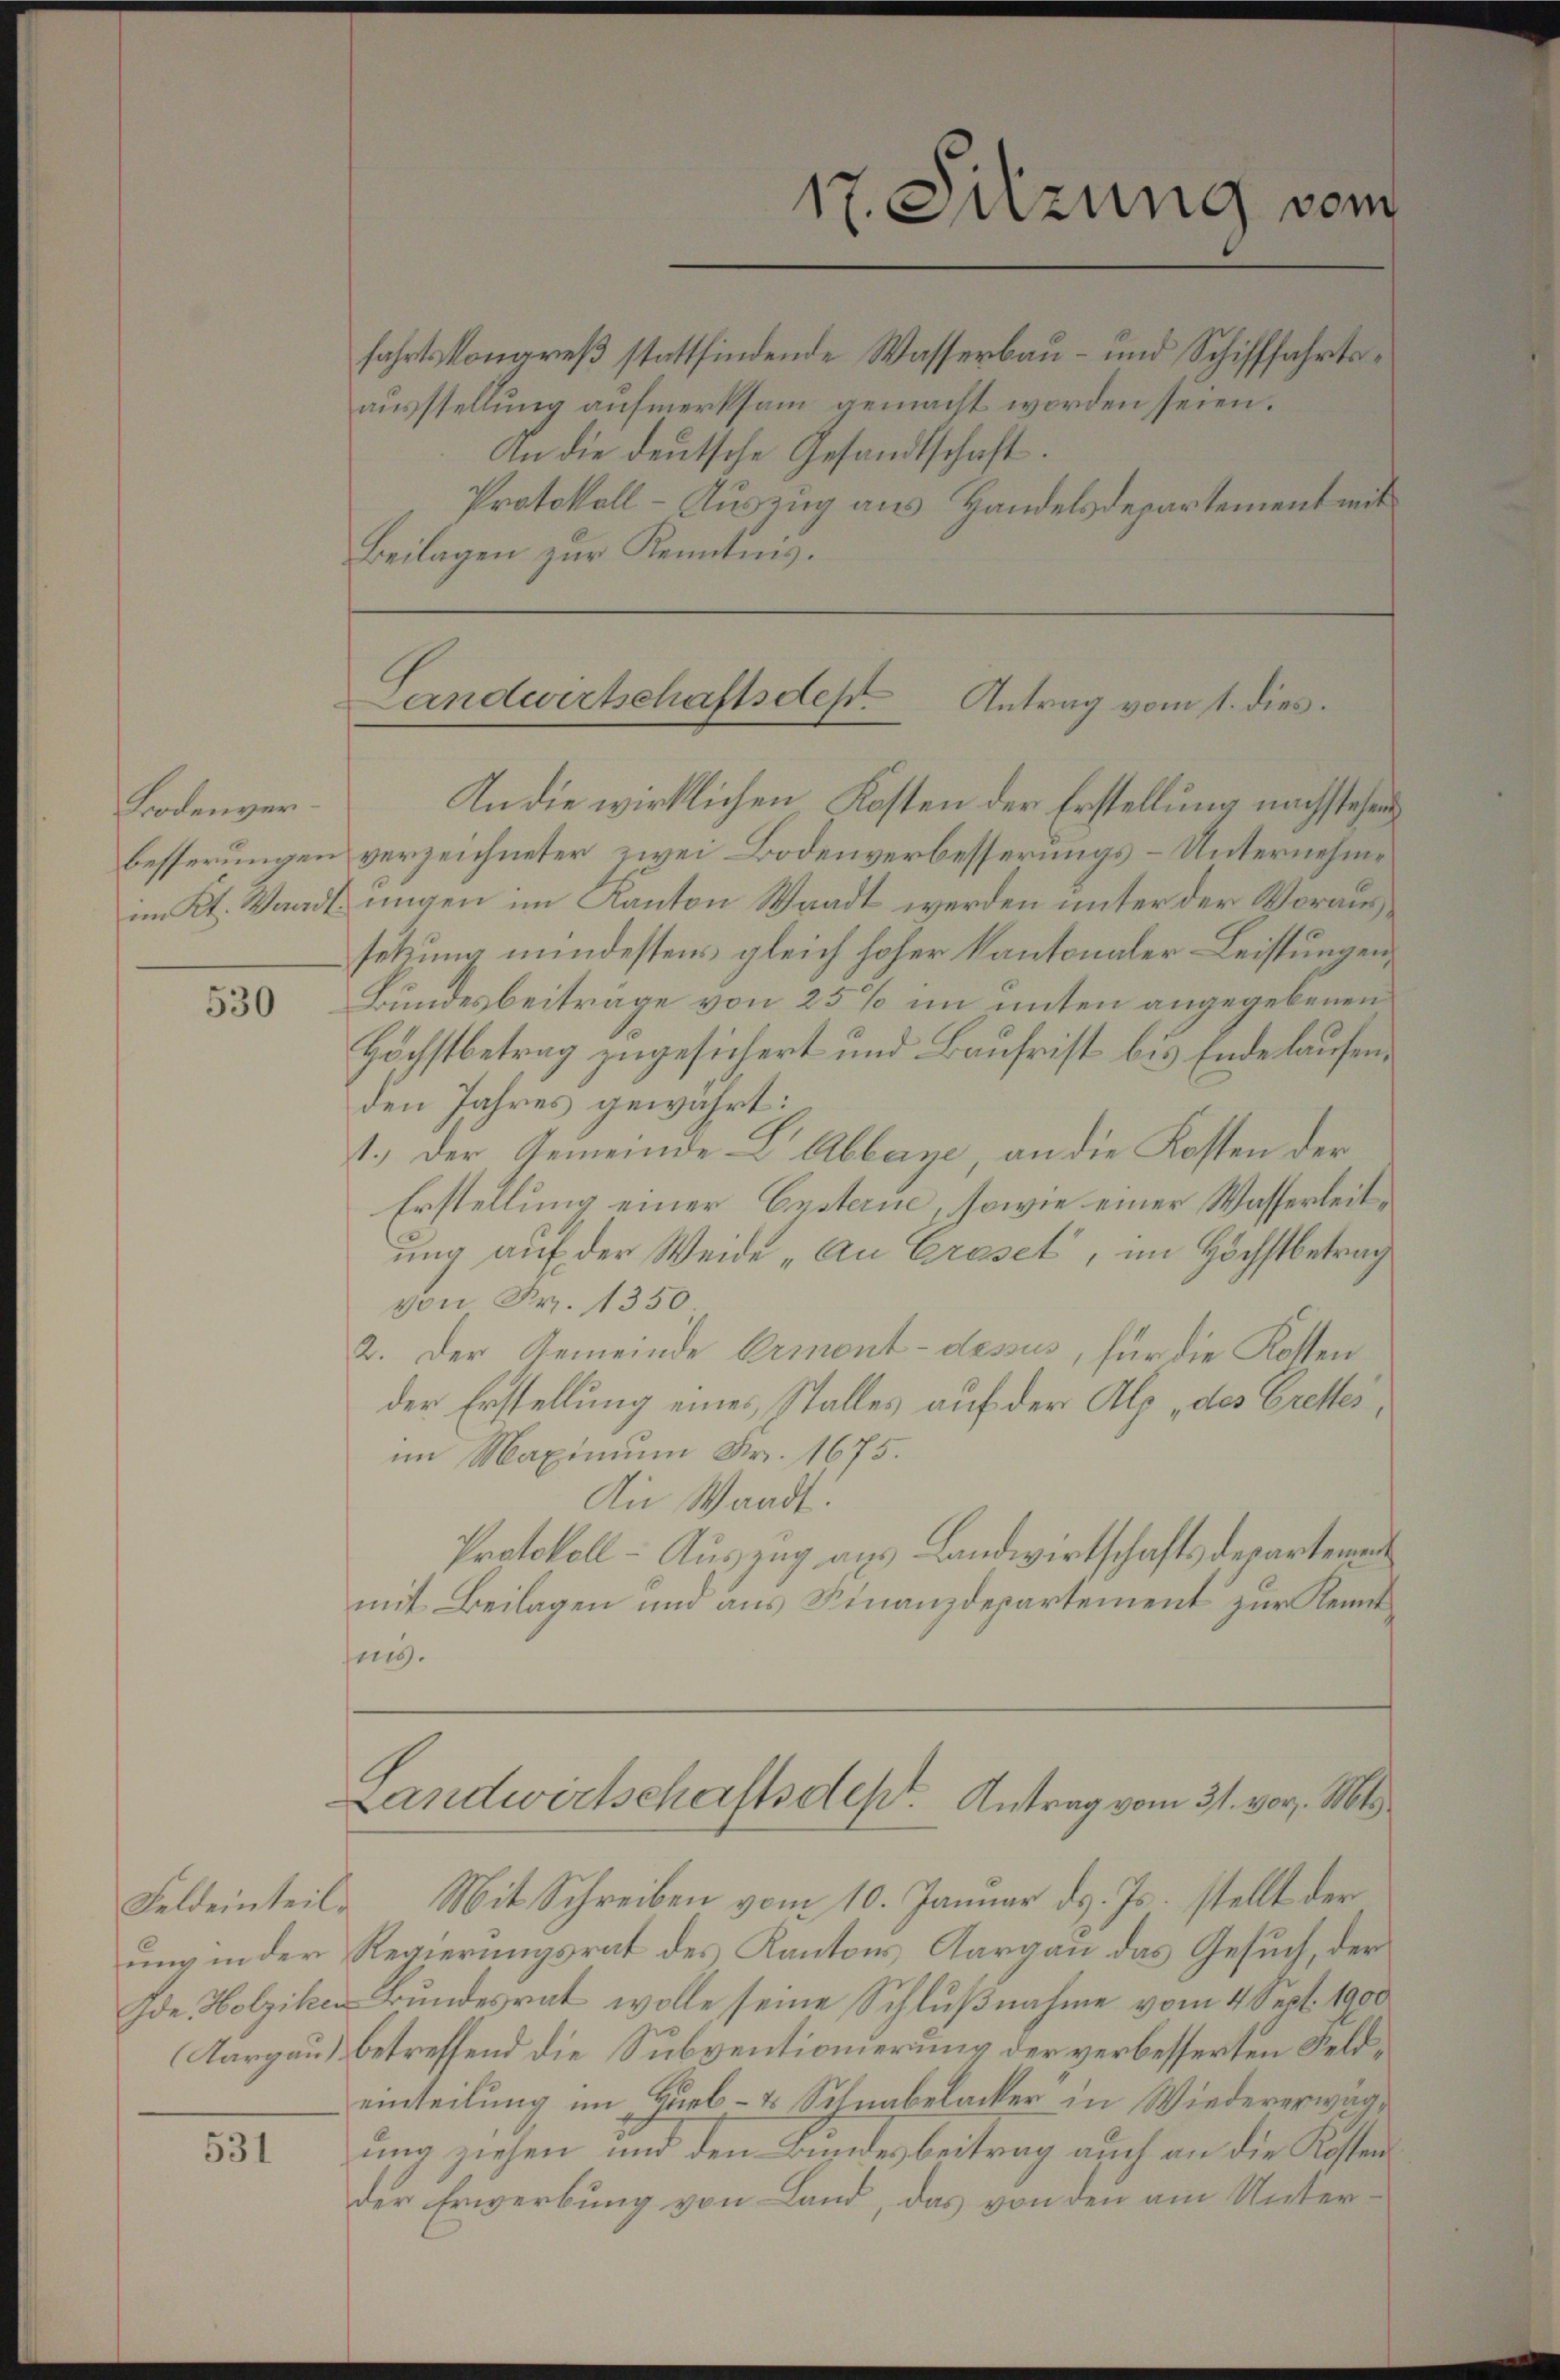
Bodenverbesserungen

530

531

An die deutsche Gesandtschaft.
Beilagen zur Kenntnis.

17. Sitzung vom
fahrtskongreß stattfindende Wasserbau- und Schifffahrtsausstellung aufmerksam gemacht worden seien.
Protokoll-Auszug aus Handelsdepartement mit

Landwirtschaftsdes. Antrag vom 1. dies.

An die wirklichen Kosten der Erstellung nachstehen
verzeichneter zwei Bodenverbesserungs-Unternehme
im Kt. Waadt ungen im Kanton Waadt werden unter der Voraussetzung mindestens gleich hoher Kantonaler-Leistungen,
Bundesbeiträge von 25% im unten angegebenen
Höchstbetrag zugesichert und Baufrist bis Ende laufen.
den Jahres gewährt:
1.) Der Gemeinde Dr. Abbarge, an die Kosten der
Erstellung einer Ersterne, sowie einer Wasserleitung auf der Weide „An Graset, im Höchstbetrag
von Fr. 1350
2. Der Gemeinde Ormont-dessus, für die Kosten
der Erstellung eines Stalles auf der Alp, des Cretterim Maximum Fr. 1675.
An Waadt:
Protokoll - Auszug aus Landwirtschaftsdepartemen
mit Beilagen und aus Finanzdepartement zur Kennt
sing.

Landwirtschaftsdept. Antrag vom 31. vor. Mts.

Feldeinteil. Mit Schreiben vom 10. Januar d. Js. stellt der
ung in der Regierungsrat des Kantons Aargau das Gesuch, der
Ide Holzikon Bundesrat wolle seine Schlußnahme vom 4 Sept. 1900
Aargau) betreffend die Subventionierung der verbesserten Feldeinteilung im Hueb- & Schnabelacker in Wiedererwägung ziehen und den Bundesbeitrag auch an die Kostender Erwerbung von Land, das von den am Unter¬